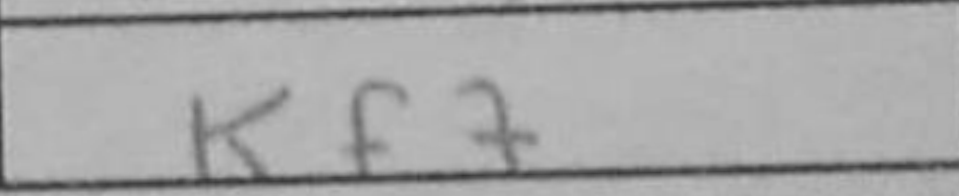
Transcription: Kf7